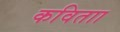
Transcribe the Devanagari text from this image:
कविताा